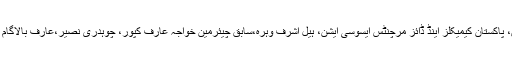
Tagged فرانس، پاکستان، پاکستان کیمیکلز اینڈ ڈائز مرچنٹس ایسوسی ایشن، ہیل اشرف وہرہ،سابق چیئرمین خواجہ عارف کپور، چوہدری نصیر،عارف بالاگام والا